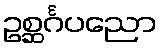
ဥစ္ဆင်္ဂပညော